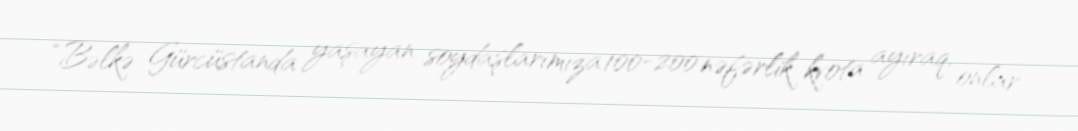
“Bəlkə Gürcüstanda yaşayan soydaşlarımıza 100-200 nəfərlik kvota ayıraq, onlar